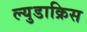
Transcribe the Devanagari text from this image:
ल्युडाक्रिस